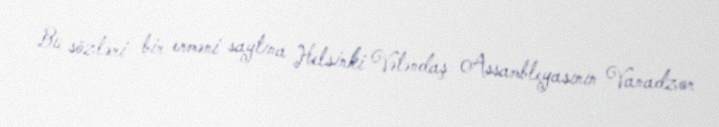
Bu sözləri bir erməni saytına Helsinki Vətəndaş Assambleyasının Vanadzor